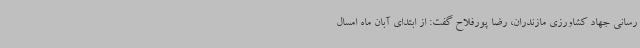
رسانی جهاد کشاورزی مازندران، رضا پورفلاح گفت: از ابتدای آبان ماه امسال